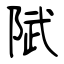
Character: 陚